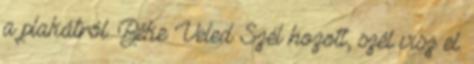
a plakátról. Béke Veled Szél hozott, szél visz el.